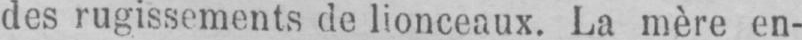
des rugissements de lionceaux. La mère en-